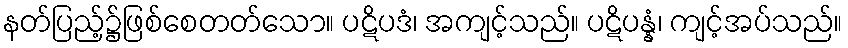
နတ်ပြည့်၌ဖြစ်စေတတ်သော။ ပဋိပဒံ၊ အကျင့်သည်။ ပဋိပန္နံ၊ ကျင့်အပ်သည်။